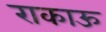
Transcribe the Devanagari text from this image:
राकाऊ